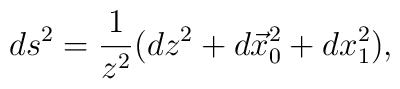
ds^2={1\over z^2} (dz^2+ d\vec x_0^2+ dx_1^2),